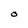
Character: O